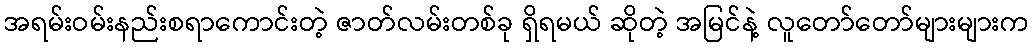
အရမ်းဝမ်းနည်းစရာကောင်းတဲ့ ဇာတ်လမ်းတစ်ခု ရှိရမယ် ဆိုတဲ့ အမြင်နဲ့ လူတော်တော်များများက